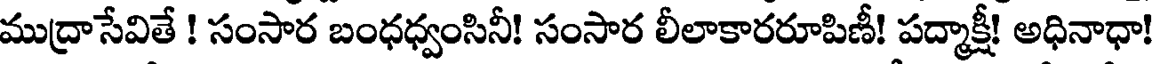
ముద్రాసేవితే ! సంసార బంధధ్వంసినీ! సంసార లీలాకారరూపిణీ! పద్మాక్షీ! అధినాధా!